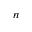
n